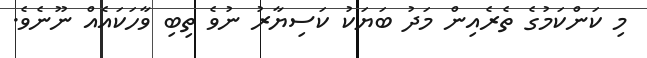
މި ކަންކަމުގެ ތެރެއިން މަދު ބަޔަކު ކަސިޔާރު ނުވެ ތިބި ވާހަކައެއް ނޫނެވެ.